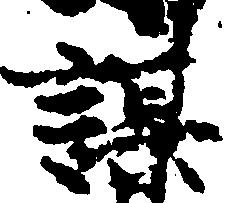
謀